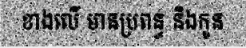
ខាងលើ មានប្រពន្ធ និងកូន